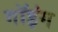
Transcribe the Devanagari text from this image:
गॉइंग